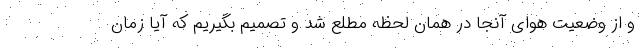
و از وضعیت هوای آنجا در همان لحظه مطلع شد و تصمیم بگیریم که آیا زمان